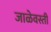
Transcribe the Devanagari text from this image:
जाळेवस्ती